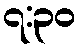
၇:၃၀